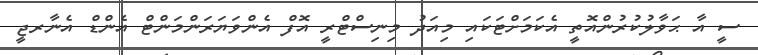
ސީ އާ ޙަވާލުކުރުންއޮތީ އެކަމަށްޓަކައި މިއަދު މިނިސްޓްރީ އޮފް އެންވަޔަރަންމަންޓް އެންޑް އެނާރޖީ